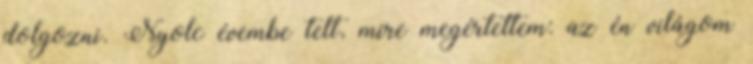
dolgozni. Nyolc évembe telt, mire megértettem: az én világom